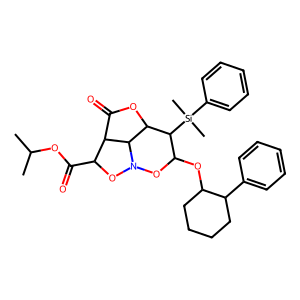
SMILES: CC(C)OC(=O)C1ON2OC(OC3CCCCC3c3ccccc3)C([Si](C)(C)c3ccccc3)C3OC(=O)C1C32
Inhibits HIV replication: No